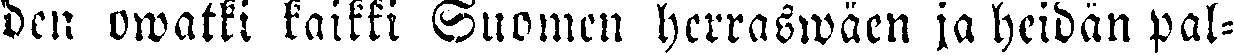
den owatki kaikki Suomen herraswäen ja heidän pal-